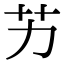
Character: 艻